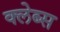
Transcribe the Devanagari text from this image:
क्लेब्स